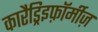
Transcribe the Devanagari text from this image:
कारैड्रिइफ़ॉर्मीज़